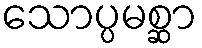
သောပ္ပမစ္ဆာ